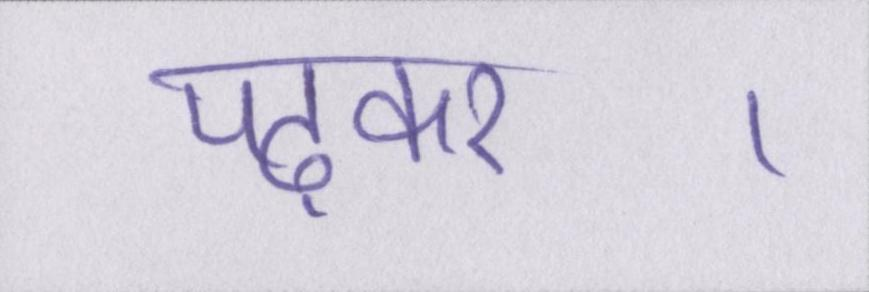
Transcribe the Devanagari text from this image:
पढ़कर।